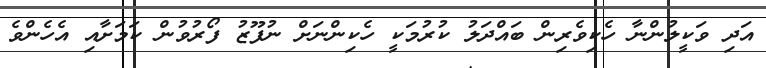
އަދި ވަކީލުންނާ ހެކިވެރިން ބައްދަލު ކުރުމަކީ ހެކިންނަށް ނުފޫޒު ފޯރުވުން ކަމަށާއި އެހެންވެ